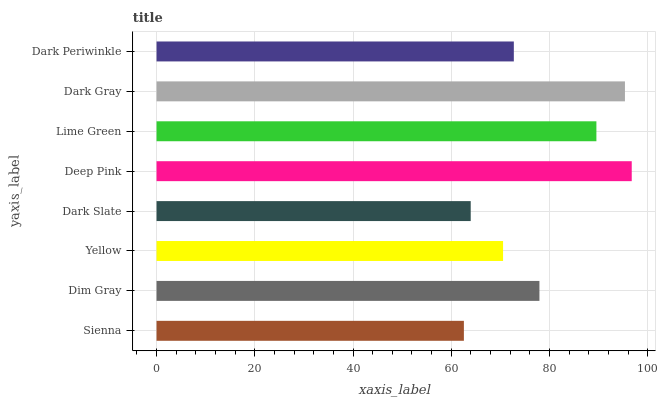
| yaxis_label | bars |
 | --- | --- |
 | Sienna | 62.6 |
 | Dim Gray | 78 |
 | Yellow | 70.6 |
 | Dark Slate | 64 |
 | Deep Pink | 96.8 |
 | Lime Green | 89.6 |
 | Dark Gray | 95.4 |
 | Dark Periwinkle | 72.7 |